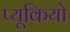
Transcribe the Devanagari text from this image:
प्यूकियो